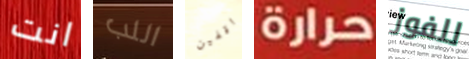
انت اللب واقفين حرارة للفوز